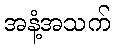
အနံ့အသက်